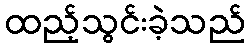
ထည့်သွင်းခဲ့သည်